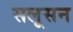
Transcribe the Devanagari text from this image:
सलूसन